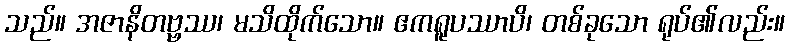
သည်။ အဇာနိတဗ္ဗဿ၊ မသိထိုက်သော။ ဧကရူပဿာပိ၊ တစ်ခုသော ရုပ်၏လည်း။